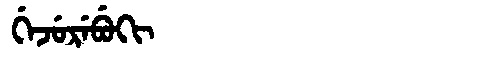
Manchu: ᡤᡝᠵᡠᡵᡝᠪᡠᡴᡳ
Romanization: GEJUREBUKI